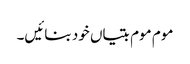
موم موم بتیاں خود بنائیں۔